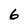
Character: 6